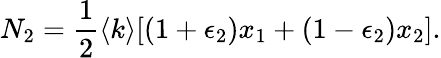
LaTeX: N_{2}=\frac{1}{2}\langle k\rangle[(1+\epsilon_{2})x_{1}+(1-\epsilon_{2})x_{2}].